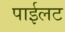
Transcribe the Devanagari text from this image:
पाईलट